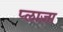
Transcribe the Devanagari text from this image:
प्‍लाज़ा